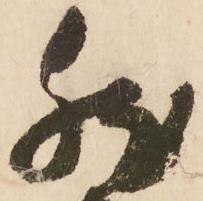
然